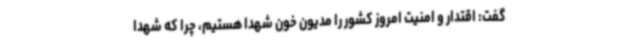
گفت: اقتدار و امنیت امروز کشور را مدیون خون شهدا هستیم، چرا که شهدا